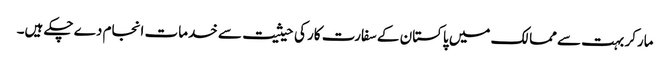
مارکر بہت سے ممالک میں پاکستان کے سفارت کار کی حیثیت سے خدمات انجام دے چکے ہیں۔